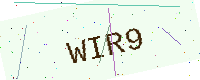
Text: WIR9